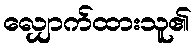
လျှောက်ထားသူ၏